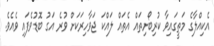
އެކިއްލާގެ މަތީގައިވާ ކުރިބޯށިތައް އެތައް ލައްކަ ޖަވާހިރަކަށް ވުރެ އަގު ބޮޑުވެފައި ވެއެވެ.